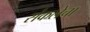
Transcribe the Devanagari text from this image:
संकलेचा